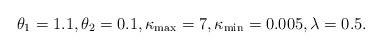
LaTeX: \begin{align*}\theta_1 = 1.1, \theta_2=0.1, \kappa_{\max}=7, \kappa_{\min}=0.005, \lambda=0.5. \end{align*}